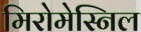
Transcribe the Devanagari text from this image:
मिरोमेस्निल